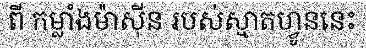
ពី កម្លាំងម៉ាស៊ីន របស់ស្មាតហ្វូននេះ